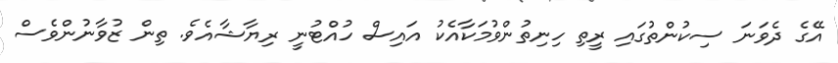
އޭގެ ދެވަނަ ސިކުންތުގައި ރީތި ހިނިތުންވުމަކާއެކު އައިސް ހުއްޓުނީ ރިޔާޝާއެވެ. ތިން ޒުވާނުންވެސް